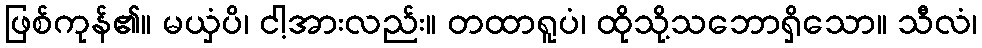
ဖြစ်ကုန်၏။ မယှံပိ၊ ငါ့အားလည်း။ တထာရူပံ၊ ထိုသို့သဘောရှိသော။ သီလံ၊